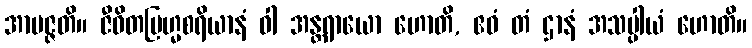
အာပဇ္ဇတိ။ ဇီဝိတဗြဟ္မစရိယာနံ ဝါ အန္တရာယော ဟောတိ, ဧဝံ တံ ဌာနံ အသပ္ပါယံ ဟောတိ။